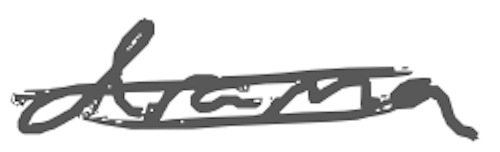
Text: drama
Cross-out: double-line
Writing tool: digital_gray